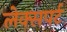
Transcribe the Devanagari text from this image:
लेक्सपर्ट